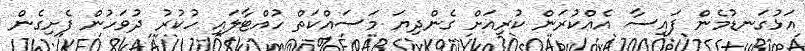
އަޅުގަނޑުމެން ފައިސާ އެއްކުރަން ކުރިއަށް ގެންދިޔަ މަސައްކަތް ހުއްޓާލައި ހުކުރު ދުވަހުން ފެށިގެން